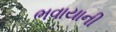
ભવાયાની